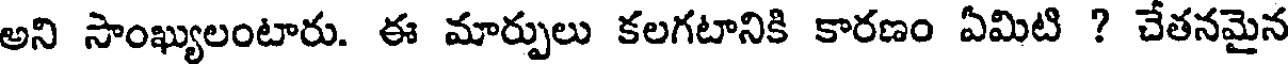
అని సాంఖ్యులంటారు. ఈ మార్పులు కలగటానికి కారణం ఏమిటి ? చేతనమైన